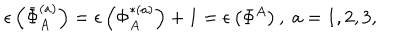
\epsilon \left( \bar { \Phi } _ { A } ^ { ( a ) } \right) = \epsilon \left( \Phi _ { A } ^ { * ( a ) } \right) + 1 = \epsilon \left( \Phi ^ { A } \right) , \; a = 1 , 2 , 3 ,